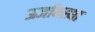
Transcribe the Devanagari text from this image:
ऊर्जावस्था